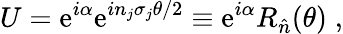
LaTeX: U=\mathrm{e}^{i\alpha}\mathrm{e}^{in_{j}\sigma_{j}\theta/2}\equiv\mathrm{e}^{i\alpha}R_{\hat{{n}}}(\theta)\; ,